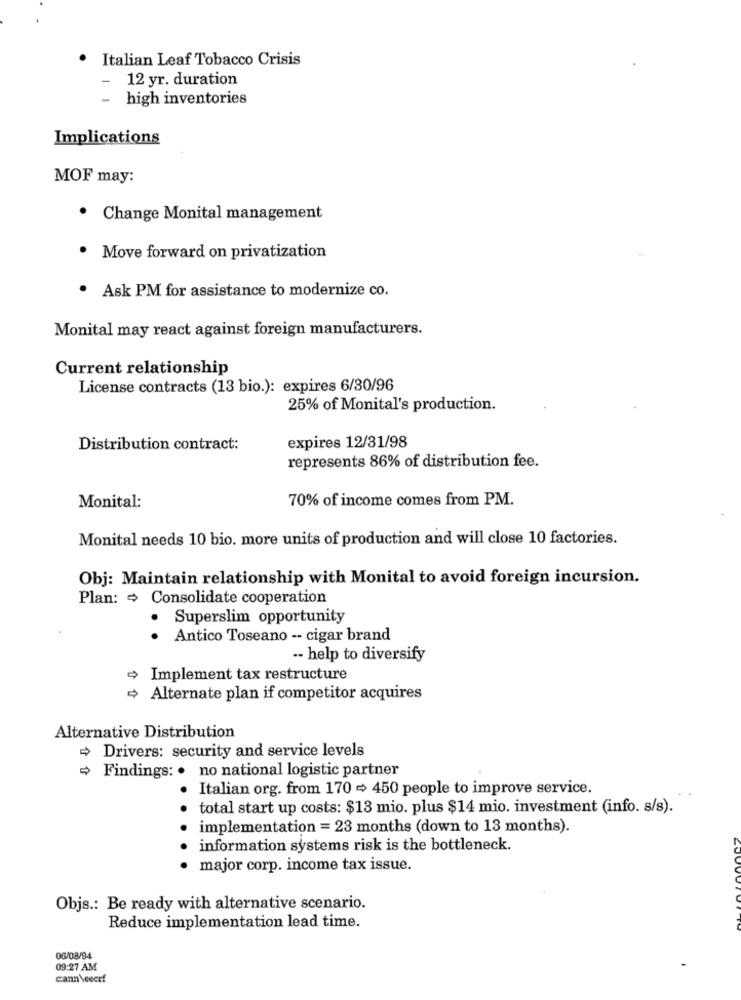
Italian Leaf Tobacco Crisis
-
12 yr. duration
-
high inventories
Implications
MOF may:
· Change Monital management
. Move forward on privatization
· Ask PM for assistance to modernize co.
Monital may react against foreign manufacturers.
Current relationship
License contracts (13 bio.): expires 6/30/96
25% of Monital's production.
Distribution contract:
expires 12/31/98
represents 86% of distribution fee.
70% of income comes from PM.
Monital:
Monital needs 10 bio. more units of production and will close 10 factories.
Obj: Maintain relationship with Monital to avoid foreign incursion.
Plan: = Consolidate cooperation
· Superslim opportunity
Antico Toseano -- cigar brand
-- help to diversify
Implement tax restructure
Alternate plan if competitor acquires
Alternative Distribution
Drivers: security and service levels
Findings: . no national logistic partner
Italian org. from 170 > 450 people to improve service.
total start up costs: $13 mio. plus $14 mio. investment (info. s/s).
implementation = 23 months (down to 13 months).
information systems risk is the bottleneck.
major corp. income tax issue.
Objs .: Be ready with alternative scenario.
Reduce implementation lead time.
06/08/94
09:27 AM
cann veeer!